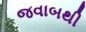
જવાબથી